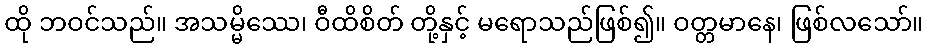
ထို ဘဝင်သည်။ အသမ္မိဿေ၊ ဝီထိစိတ် တို့နှင့် မရောသည်ဖြစ်၍။ ဝတ္တမာနေ၊ ဖြစ်လသော်။